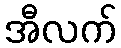
အီလက်